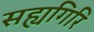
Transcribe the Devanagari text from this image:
सह्यगिरि